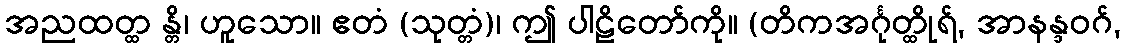
အညထတ္ထ န္တိ၊ ဟူသော။ ဧတံ (သုတ္တံ)၊ ဤ ပါဠိတော်ကို။ (တိကအင်္ဂုတ္ထိုရ်, အာနန္ဒဝဂ်,